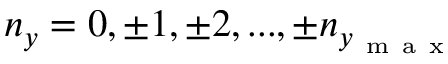
n _ { y } = 0 , \pm 1 , \pm 2 , . . . , \pm n _ { y _ { \mathrm { ~ m ~ a ~ x ~ } } }